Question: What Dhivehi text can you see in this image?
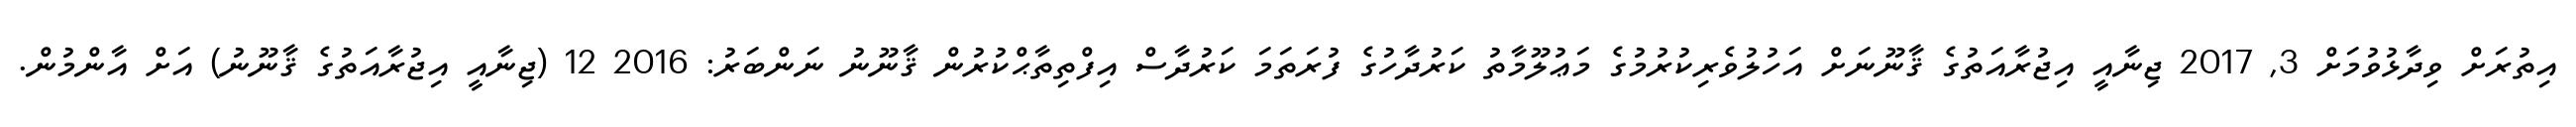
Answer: އިތުރަށް ވިދާޅުވުމަށް 3, 2017 ޖިނާއީ އިޖުރާއަތުގެ ޤާނޫނަށް އަހުލުވެރިކުރުމުގެ މަޢުލޫމާތު ކަރުދާހުގެ ފުރަތަމަ ކަރުދާސް އިފްތިތާޙްކުރުން ޤާނޫނު ނަންބަރު: 2016 12 (ޖިނާއީ އިޖުރާއަތުގެ ޤާނޫނު) އަށް އާންމުން.